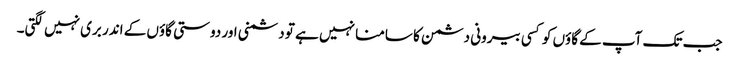
جب تک آپ کے گاؤں کو کسی بیرونی دشمن کا سامنا نہیں ہے تو دشمنی اور دوستی گاؤں کے اندر بری نہیں لگتی۔